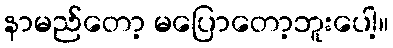
နာမည်တော့ မပြောတော့ဘူးပေါ့။